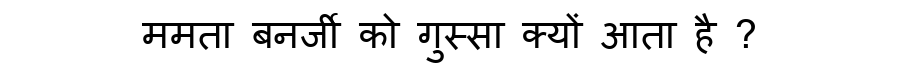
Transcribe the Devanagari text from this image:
ममता बनर्जी को गुस्सा क्यों आता है ?